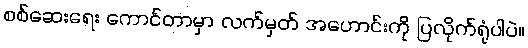
စစ်ဆေးရေး ကောင်တာမှာ လက်မှတ် အဟောင်းကို ပြလိုက်ရုံပါပဲ။